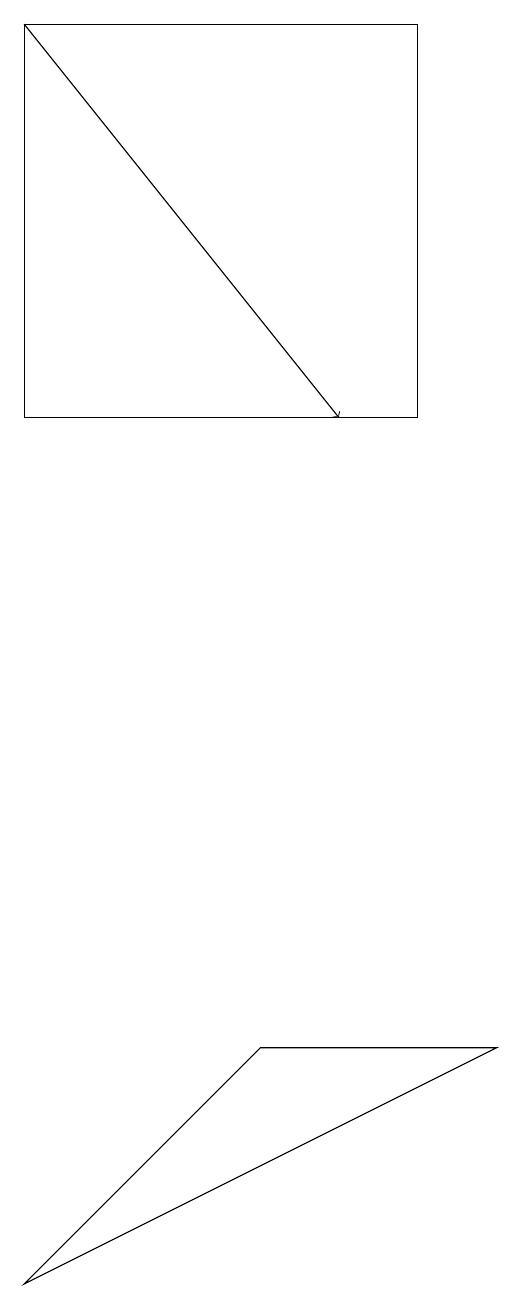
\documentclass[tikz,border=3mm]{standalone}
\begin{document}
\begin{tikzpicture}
\draw[->] (3,17) -- (7,12);
\draw (9,4) -- (6,4) -- (3,1) -- cycle;
\draw (3,12) rectangle (8,17);
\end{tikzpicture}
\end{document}